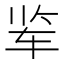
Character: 𰹾